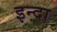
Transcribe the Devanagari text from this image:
इन्दा